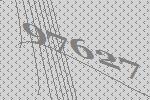
97627